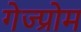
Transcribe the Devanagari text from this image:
गेज्प्रोम